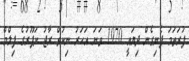
ފުރަތަމަ ފެނިގެން ދިޔައީ 1970 ވަނަ އަހަރު ނިކުތް ރާޖު ކަޕޫރުގެ ފިލްމް